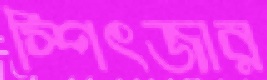
স্পিৎজার